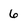
Character: 6